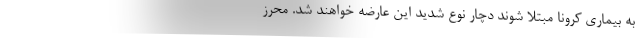
به بیماری کرونا مبتلا شوند دچار نوع شدید این عارضه خواهند شد. محرز